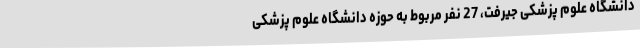
دانشگاه علوم پزشکی جیرفت، 27 نفر مربوط به حوزه دانشگاه علوم پزشکی